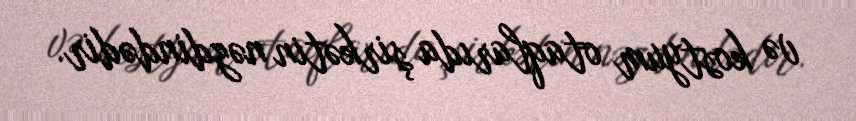
və kostyum otaqlarıda şirkətin nəzdindədir.